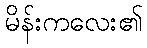
မိန်းကလေး၏